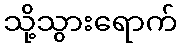
သို့သွားရောက်